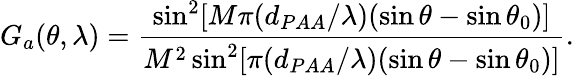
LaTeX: G_{a}(\theta,\lambda)=\frac{\sin^{2}[M\pi(d_{PAA}/\lambda)(\sin\theta-\sin\theta_{0})]}{M^{2}\sin^{2}[\pi(d_{PAA}/\lambda)(\sin\theta-\sin\theta_{0})]}.